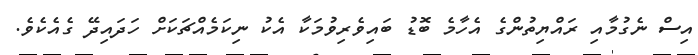
އިސް ނެގުމާއި ރައްޔިތުންގެ އެހާމެ ބޮޑު ބައިވެރިވުމަކާ އެކު ނިކަމެއްޗަކަށް ހަދައިދޭ ގެއެކެވެ.